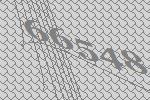
66548